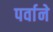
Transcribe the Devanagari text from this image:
पर्वाने